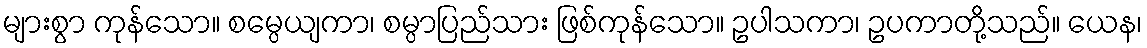
များစွာ ကုန်သော။ စမ္ပေယျကာ၊ စမ္ပာပြည်သား ဖြစ်ကုန်သော။ ဥပါသကာ၊ ဥပကာတို့သည်။ ယေန၊